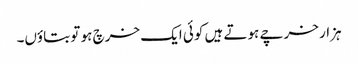
ہزار خرچے ہوتے ہیں کوئی ایک خرچ ہو تو بتاؤں۔